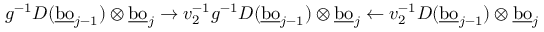
g ^ { - 1 } D ( \underline { { \mathrm { b o } } } _ { j - 1 } ) \otimes \underline { { \mathrm { b o } } } _ { j } \to v _ { 2 } ^ { - 1 } g ^ { - 1 } D ( \underline { { \mathrm { b o } } } _ { j - 1 } ) \otimes \underline { { \mathrm { b o } } } _ { j } \leftarrow v _ { 2 } ^ { - 1 } D ( \underline { { \mathrm { b o } } } _ { j - 1 } ) \otimes \underline { { \mathrm { b o } } } _ { j }